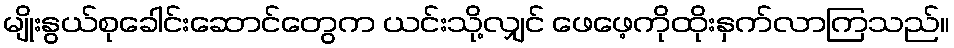
မျိုးနွယ်စုခေါင်းဆောင်တွေက ယင်းသို့လျှင် ဖေဖေ့ကိုထိုးနှက်လာကြသည်။